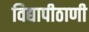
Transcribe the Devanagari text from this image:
विद्यापीठाणी